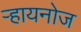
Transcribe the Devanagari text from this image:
ऱ्हायनोज